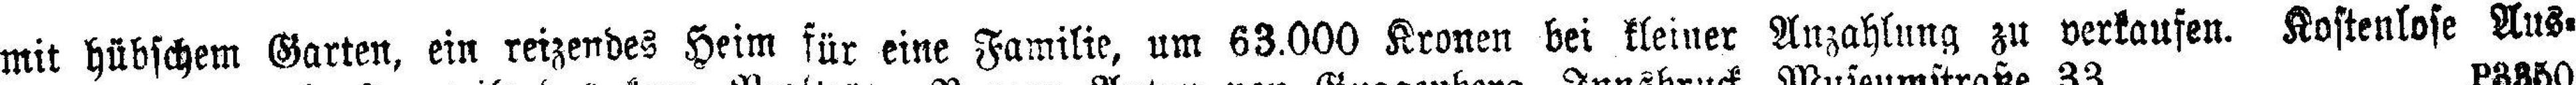
mit hübschem Garten, ein reizendes Heim für eine Familie, um 63.000 Kronen bei kleiner Anzahlung zu verkaufen. Kostenlose Aus¬